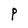
Character: P